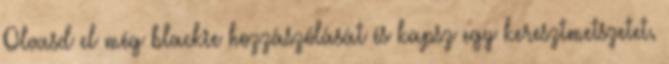
Olvasd el még blackie hozzászólását és kapsz egy keresztmetszetet.